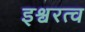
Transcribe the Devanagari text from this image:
इश्वरत्व